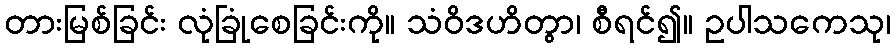
တားမြစ်ခြင်း လုံခြုံစေခြင်းကို။ သံဝိဒဟိတွာ၊ စီရင်၍။ ဥပါသကေသု၊